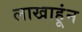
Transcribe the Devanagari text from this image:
लाखाहूंन